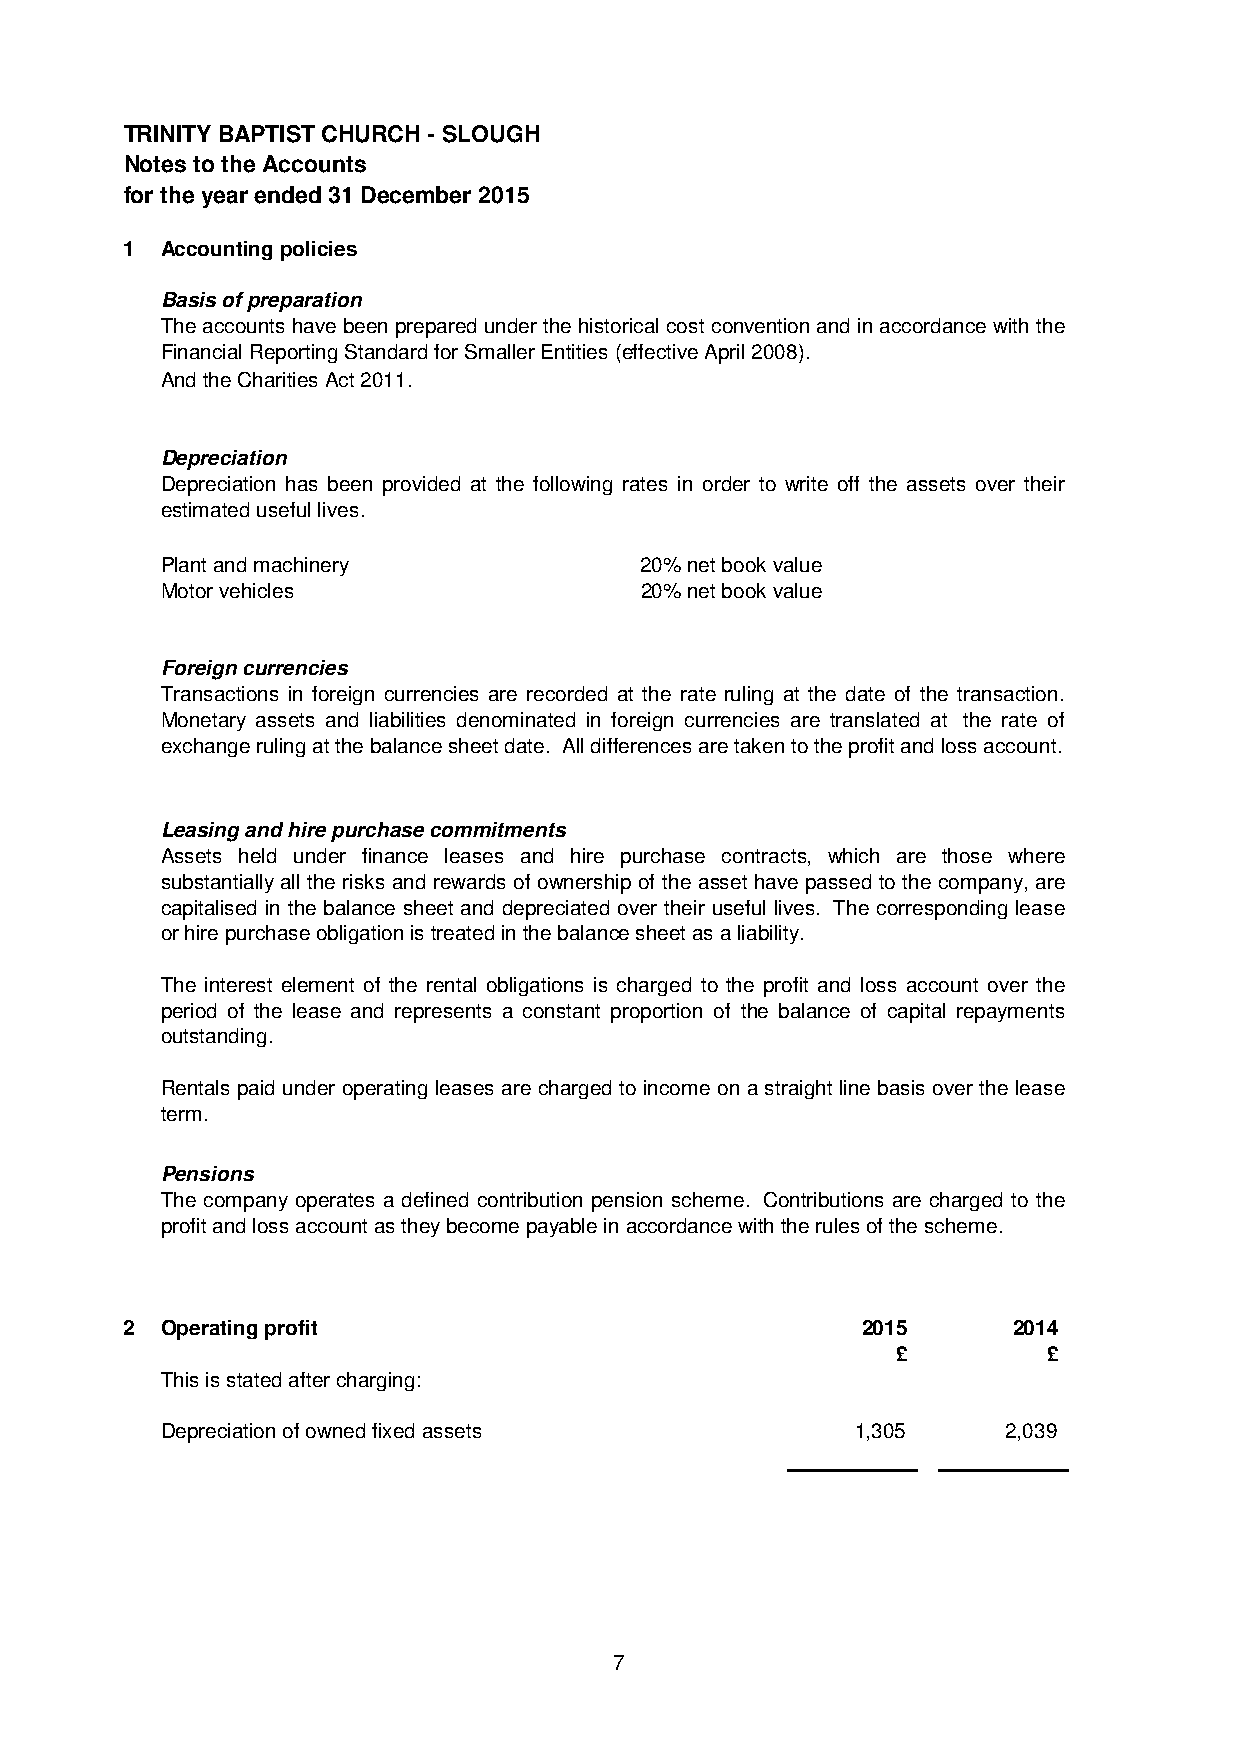
TRINITY BAPTIST CHURCH - SLOUGH
 Notes to the Accounts
 for the year ended 31 December 2015
 1  Accounting policies
 Basis of preparation
 Theaccountshavebeenpreparedunderthehistoricalcostconventionandinaccordancewiththe
 Financial Reporting Standard for Smaller Entities (effective April 2008).
 And the Charities Act 2011.
 Depreciation
 Depreciation has been provided at the following rates in order to write off the assets over their
 estimated useful lives.
 Plant and machinery            20% net book value
 Motor vehicles                 20% net book value
 Foreign currencies
 Transactions in foreign currencies are recorded at the rate ruling at the date of the transaction.
 Monetary assets and liabilities denominated in foreign currencies are translated at the rate of
 exchange ruling at the balance sheet date. All differences are taken to the profit and loss account.
 Leasing and hire purchase commitments
 Assets held under finance leases and hire purchase contracts, which are those where
 substantiallyall the risks and rewards of ownership of the asset have passed to the company, are
 capitalised in the balance sheet and depreciated over their useful lives. The corresponding lease
 or hire purchase obligation is treated in the balance sheet as a liability.
 The interest element of the rental obligations is charged to the profit and loss account over the
 period of the lease and represents a constant proportion of the balance of capital repayments
 outstanding.
 Rentals paid under operating leases are charged to income on a straight line basis over the lease
 term.
 Pensions
 The company operates a defined contribution pension scheme. Contributions are charged to the
 profit and loss account as they become payable in accordance with the rules of the scheme.
 2  Operating profit                              2015      2014
 £         £
 This is stated after charging:
 Depreciation of owned fixed assets            1,305     2,039
 7